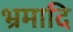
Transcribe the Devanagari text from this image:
भ्रमादि